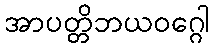
အာပတ္တိဘယဝဂ္ဂေါ